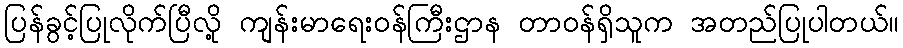
ပြန်ခွင့်ပြုလိုက်ပြီလို့ ကျန်းမာရေးဝန်ကြီးဌာန တာဝန်ရှိသူက အတည်ပြုပါတယ်။